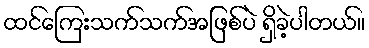
ထင်ကြေးသက်သက်အဖြစ်ပဲ ရှိခဲ့ပါတယ်။